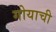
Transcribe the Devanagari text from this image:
गोयाची